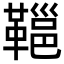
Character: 𩌋